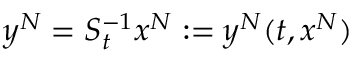
y ^ { N } = S _ { t } ^ { - 1 } x ^ { N } : = y ^ { N } ( t , x ^ { N } )